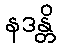
နဒန္တိ